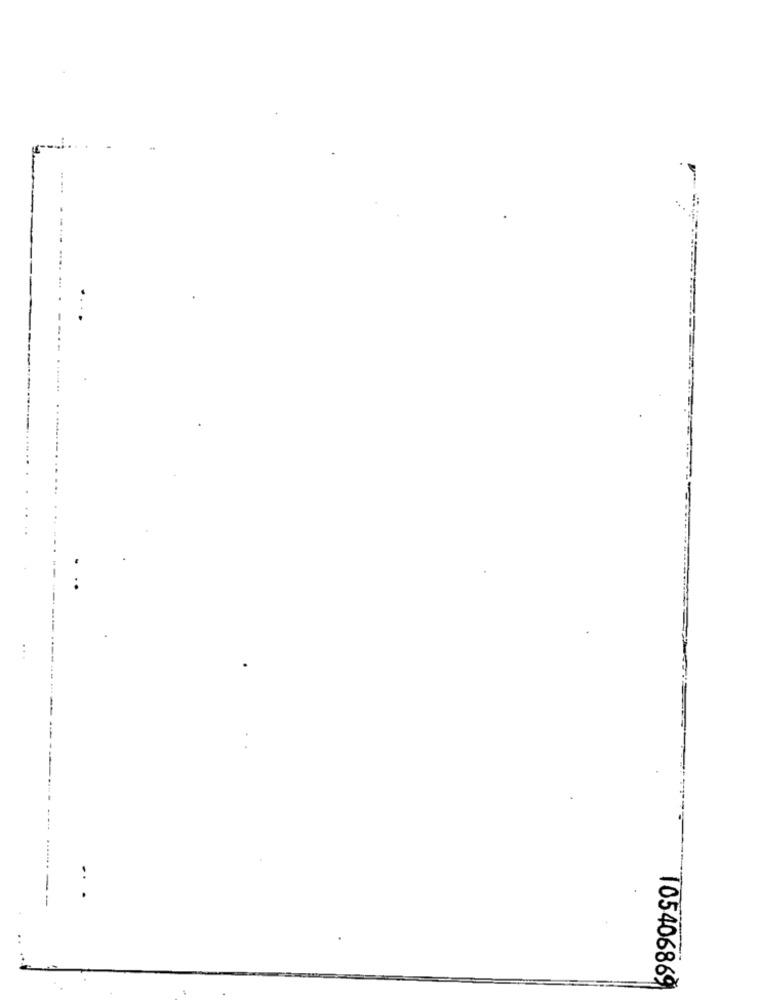
..
105406869